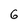
Character: 6